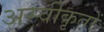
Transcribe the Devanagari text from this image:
अस्‍वीकृतों